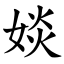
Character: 婒